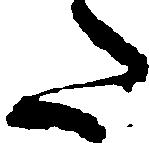
た